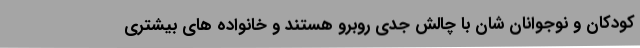
کودکان و نوجوانان شان با چالش جدی روبرو هستند و خانواده های بیشتری